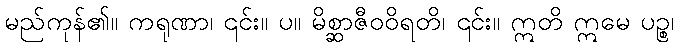
မည်ကုန်၏။ ကရုဏာ၊ ၎င်း။ ပ။ မိစ္ဆာဇီဝဝိရတိ၊ ၎င်း။ ဣတိ ဣမေ ပဉ္စ၊